Indian journal of veterinary science and animal husbandry - Volumes 28-29, 1958-1959
Year: 1958
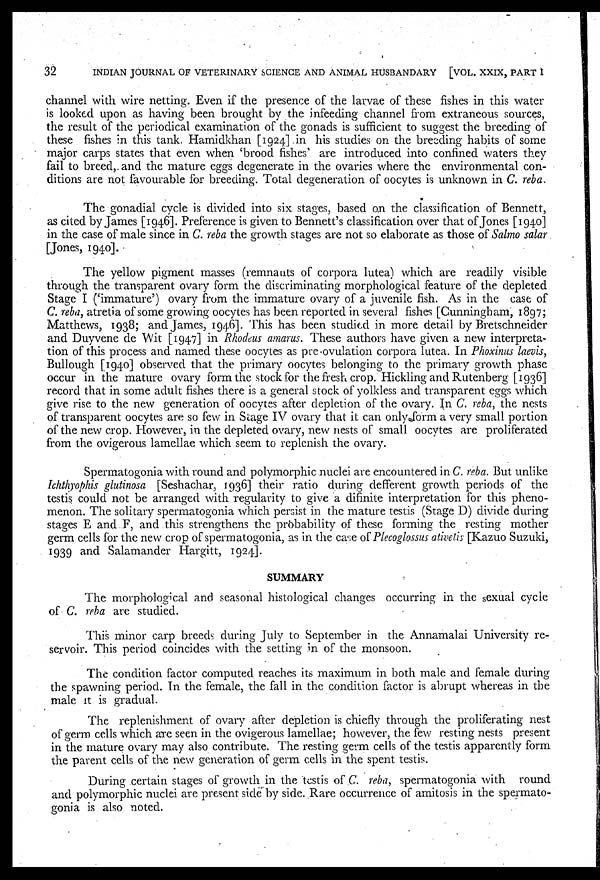
32
INDIAN JOURNAL OF VETERINARY SCIENCE AND ANIMAL HUSBANDARY [VOL. XXIX, PART I
channel with wire netting. Even if the presence of the larvae of these fishes in this water
is looked upon as having been brought by the infeeding channel from extraneous sources,
the result of the periodical examination of the gonads is sufficient to suggest the breeding of
these fishes in this tank. Hamidkhan [1924] in his studies on the breeding habits of some
major carps states that even when 'brood fishes' are introduced into confined waters they
fail to breed, and the mature eggs degenerate in the ovaries where the environmental con-
ditions are not favourable for breeding. Total degeneration of oocytes is unknown in C. reba.
The gonadial cycle is divided into six stages, based on the classification of Bennett,
as cited by James [1946]. Preference is given to Bennett's classification over that of Jones [1940]
in the case of male since in C. reba the growth stages are not so elaborate as those of Salmo salar
[Jones, 1940].
The yellow pigment masses (remnants of corpora lutea) which are readily visible
through the transparent ovary form the discriminating morphological feature of the depleted
Stage I ('immature') ovary from the immature ovary of a juvenile fish. As in the case of
C. reba, atretia of some growing oocytes has been reported in several fishes [Cunningham, 1897;
Matthews, 1938; and James, 1946]. This has been studied in more detail by Bretschneider
and Duyvene de Wit [1947] in Rhodeus amarus. These authors have given a new interpreta-
tion of this process and named these oocytes as pre-ovulation corpora lutea. In Phoxinus laevis,
Bullough [1940] observed that the primary oocytes belonging to the primary growth phase
occur in the mature ovary form the stock for the fresh crop. Hickling and Rutenberg [1936]
record that in some adult fishes there is a general stock of yolkless and transparent eggs which
give rise to the new generation of oocytes after depletion of the ovary. In C. reba, the nests
of transparent oocytes are so few in Stage IV ovary that it can only form a very small portion
of the new crop. However, in the depleted ovary, new nests of small oocytes are proliferated
from the ovigerous lamellae which seem to replenish the ovary.
Spermatogonia with round and polymorphic nuclei are encountered in C. reba. But unlike
Ichthyophis glutinosa [Seshachar, 1936] their ratio during defferent growth periods of the
testis could not be arranged with regularity to give a difinite interpretation for this pheno-
menon. The solitary spermatogonia which persist in the mature testis (Stage D) divide during
stages E and F, and this strengthens the probability of these forming the resting mother
germ cells for the new crop of spermatogonia, as in the case of Plecoglossus ativetis [Kazuo Suzuki,
1939 and Salamander Hargitt, 1924].
SUMMARY
The morphological and seasonal histological changes occurring in the sexual cycle
of C. reba are studied.
This minor carp breeds during July to September in the Annamalai University re-
servoir. This period coincides with the setting in of the monsoon.
The condition factor computed reaches its maximum in both male and female during
the spawning period. In the female, the fall in the condition factor is abrupt whereas in the
male it is gradual.
The replenishment of ovary after depletion is chiefly through the proliferating nest
of germ cells which are seen in the ovigerous lamellae; however, the few resting nests present
in the mature ovary may also contribute. The resting germ cells of the testis apparently form
the parent cells of the new generation of germ cells in the spent testis.
During certain stages of growth in the testis of C. reba, spermatogonia with round
and polymorphic nuclei are present side by side. Rare occurrence of amitosis in the spermato-
gonia is also noted.